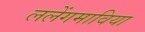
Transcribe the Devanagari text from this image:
ललेंगमाविया